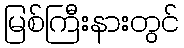
မြစ်ကြီးနားတွင်